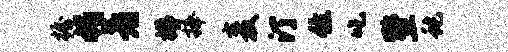
握媚着樽捧麦汀住吃墅蛇